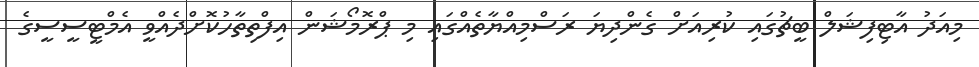
މިއަދު އާޓިފިޝަލް ބީޗުގައި ކުރިއަށް ގެންދިޔަ ރަސްމިއްޔާތެއްގައި މި ޕްރޮމޯޝަން އިފްތިތާހުކޮށްދެއްވީ އެމްޓީސީސީގެ